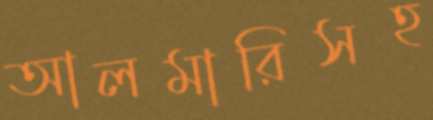
আলমারিসহ